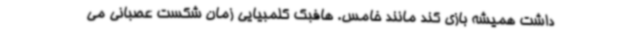
داشت همیشه بازی کند مانند خامس. هافبک کلمبیایی زمان شکست عصبانی می